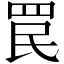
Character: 罠